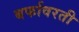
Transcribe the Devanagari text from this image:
बर्फावरती